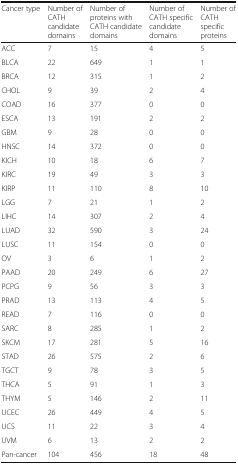
<table><thead><tr><td><b>Cancer type</b></td><td><b>Number of CATH candidate domains</b></td><td><b>Number of proteins with CATH candidate domains</b></td><td><b>Number of CATH specific candidate domains</b></td><td><b>Number of CATH specific proteins</b></td></tr></thead><tbody><tr><td>ACC</td><td>7</td><td>15</td><td>4</td><td>5</td></tr><tr><td>BLCA</td><td>22</td><td>649</td><td>1</td><td>1</td></tr><tr><td>BRCA</td><td>12</td><td>315</td><td>1</td><td>2</td></tr><tr><td>CHOL</td><td>9</td><td>39</td><td>2</td><td>4</td></tr><tr><td>COAD</td><td>16</td><td>377</td><td>0</td><td>0</td></tr><tr><td>ESCA</td><td>13</td><td>191</td><td>2</td><td>2</td></tr><tr><td>GBM</td><td>9</td><td>28</td><td>0</td><td>0</td></tr><tr><td>HNSC</td><td>14</td><td>372</td><td>0</td><td>0</td></tr><tr><td>KICH</td><td>10</td><td>18</td><td>6</td><td>7</td></tr><tr><td>KIRC</td><td>19</td><td>49</td><td>3</td><td>3</td></tr><tr><td>KIRP</td><td>11</td><td>110</td><td>8</td><td>10</td></tr><tr><td>LGG</td><td>7</td><td>21</td><td>1</td><td>2</td></tr><tr><td>LIHC</td><td>14</td><td>307</td><td>2</td><td>4</td></tr><tr><td>LUAD</td><td>32</td><td>590</td><td>3</td><td>24</td></tr><tr><td>LUSC</td><td>11</td><td>154</td><td>0</td><td>0</td></tr><tr><td>OV</td><td>3</td><td>6</td><td>1</td><td>2</td></tr><tr><td>PAAD</td><td>20</td><td>249</td><td>6</td><td>27</td></tr><tr><td>PCPG</td><td>9</td><td>56</td><td>3</td><td>3</td></tr><tr><td>PRAD</td><td>13</td><td>113</td><td>4</td><td>5</td></tr><tr><td>READ</td><td>7</td><td>116</td><td>0</td><td>0</td></tr><tr><td>SARC</td><td>8</td><td>285</td><td>1</td><td>2</td></tr><tr><td>SKCM</td><td>17</td><td>281</td><td>5</td><td>16</td></tr><tr><td>STAD</td><td>26</td><td>575</td><td>2</td><td>6</td></tr><tr><td>TGCT</td><td>9</td><td>78</td><td>3</td><td>5</td></tr><tr><td>THCA</td><td>5</td><td>91</td><td>1</td><td>3</td></tr><tr><td>THYM</td><td>5</td><td>146</td><td>2</td><td>11</td></tr><tr><td>UCEC</td><td>26</td><td>449</td><td>4</td><td>5</td></tr><tr><td>UCS</td><td>11</td><td>22</td><td>3</td><td>4</td></tr><tr><td>UVM</td><td>6</td><td>13</td><td>2</td><td>2</td></tr><tr><td>Pan-cancer</td><td>104</td><td>456</td><td>18</td><td>48</td></tr></tbody></table>